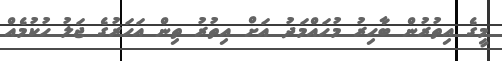
މީގެ އިތުރުން ބާހިރު މުހައްމަދު އަށް އިތުރު ތިން އަހަރުގެ ޖަލު ހުކުމެއް